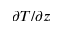
\partial T / \partial z